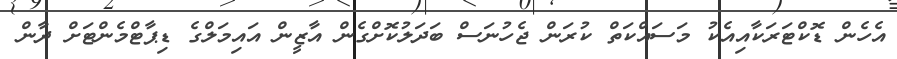
އެހެން ޑޮކްޓަރަކާއިއެކު މަސައްކަތް ކުރަން ޖެހުނަސް ބަދަލުކޮށްގެން އާޒީން އައިމަލްގެ ޑިޕާޓްމެންޓަށް ދާން